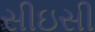
સીઇસી